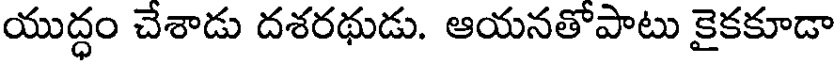
యుద్ధం చేశాడు దశరథుడు. ఆయనతోపాటు కైకకూడా